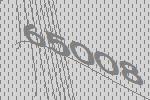
65008